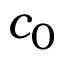
c _ { 0 }